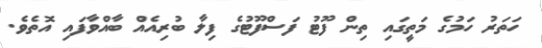
ހަތަރު ހަމުގެ މަތީގައި ތިން ފޫޓު ފަސްފޫޓުގެ ފިލާ ބުރިއެއް ބާއްވާފައި އޮތެވެ.